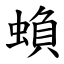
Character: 蝜